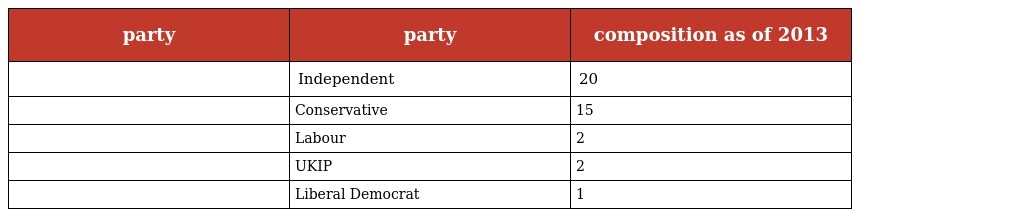
| party | party | composition as of 2013 |
 | --- | --- | --- |
 |  | Independent | 20 |
 |  | Conservative | 15 |
 |  | Labour | 2 |
 |  | UKIP | 2 |
 |  | Liberal Democrat | 1 |